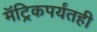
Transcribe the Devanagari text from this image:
मॅट्रिकपर्यंतही